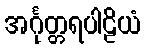
အင်္ဂုတ္တရပါဠိယံ